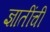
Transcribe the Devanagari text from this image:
ज्ञातींचीं